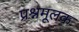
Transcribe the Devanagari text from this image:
प्रश्नमूलक